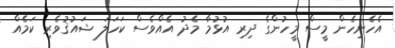
އެހެނިހެން މީސް މީހުންގެ ދިރި އުޅުމާ މެދު އެއްވެސް ކަހަލަ ޝައުޤުވެރި ކަމެއް